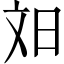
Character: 𬀫